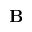
\mathbf { B }